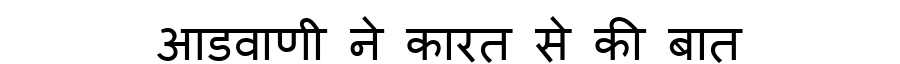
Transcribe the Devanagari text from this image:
आडवाणी ने कारत से की बात